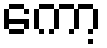
ကော့